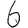
Digit: 6